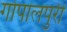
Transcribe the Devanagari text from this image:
गोपालपुरी